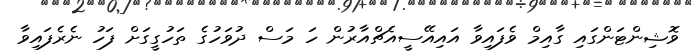
ވޮޝިންޓަންގައި ގާއިމް ވެފައިވާ އައިއޭސީއެޗްއާރުން ހަ މަސް ދުވަހުގެ ތަހުގީގަށް ފަހު ނެރެފައިވާ